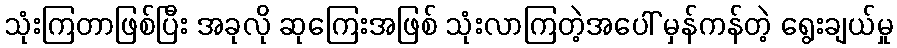
သုံးကြတာဖြစ်ပြီး အခုလို ဆုကြေးအဖြစ် သုံးလာကြတဲ့အပေါ် မှန်ကန်တဲ့ ရွေးချယ်မှု